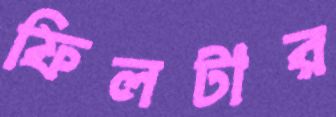
ফিলটার